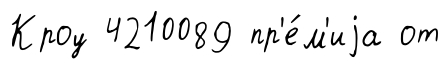
Кроу 4210089 пр'е́м'иjа от